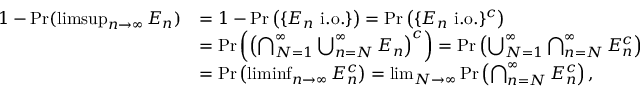
{ \begin{array} { r l } { 1 - \operatorname* { P r } ( \operatorname* { l i m s u p } _ { n \to \infty } E _ { n } ) } & { = 1 - \operatorname* { P r } \left( \{ E _ { n } { \mathrm { ~ i . o . } } \} \right) = \operatorname* { P r } \left( \{ E _ { n } { \mathrm { ~ i . o . } } \} ^ { c } \right) } \\ & { = \operatorname* { P r } \left( \left( \bigcap _ { N = 1 } ^ { \infty } \bigcup _ { n = N } ^ { \infty } E _ { n } \right) ^ { c } \right) = \operatorname* { P r } \left( \bigcup _ { N = 1 } ^ { \infty } \bigcap _ { n = N } ^ { \infty } E _ { n } ^ { c } \right) } \\ & { = \operatorname* { P r } \left( \operatorname* { l i m i n f } _ { n \to \infty } E _ { n } ^ { c } \right) = \operatorname* { l i m } _ { N \to \infty } \operatorname* { P r } \left( \bigcap _ { n = N } ^ { \infty } E _ { n } ^ { c } \right) , } \end{array} }